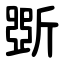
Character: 斲